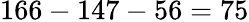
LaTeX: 166-147-56=75